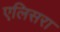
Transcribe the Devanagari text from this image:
एलिसरा